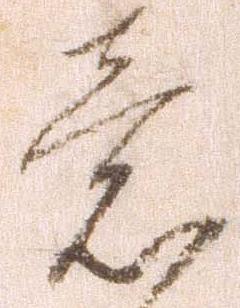
意